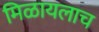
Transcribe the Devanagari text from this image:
मिळायलाच